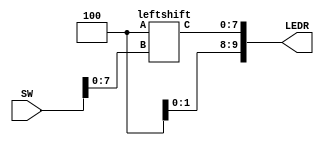
module practice_2(SW, LEDR);
	input [9:0] SW;
	output [9:0] LEDR;

	leftshift a0(
			.A(3'b100),
			.B(SW[7:0]),
			.C(LEDR[7:0])
			);

endmodule
	
module leftshift(A, B, C);
	input [2:0] A;
	input [7:0] B;
	output [7:0] C;

	assign C = B >> A;

endmodule